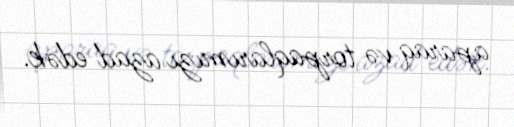
aparaq və torpaqlarımızı azad edək.